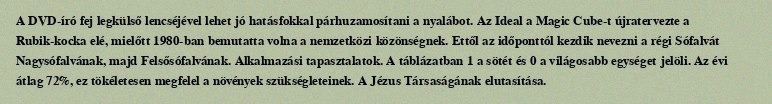
A DVD-író fej legkülső lencséjével lehet jó hatásfokkal párhuzamosítani a nyalábot. Az Ideal a Magic Cube-t újratervezte a Rubik-kocka elé, mielőtt 1980-ban bemutatta volna a nemzetközi közönségnek. Ettől az időponttól kezdik nevezni a régi Sófalvát Nagysófalvának, majd Felsősófalvának. Alkalmazási tapasztalatok. A táblázatban 1 a sötét és 0 a világosabb egységet jelöli. Az évi átlag 72%, ez tökéletesen megfelel a növények szükségleteinek. A Jézus Társaságának elutasítása.